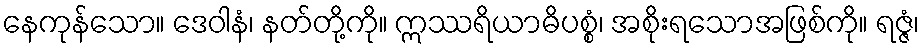
နေကုန်သော။ ဒေဝါနံ၊ နတ်တို့ကို။ ဣဿရိယာဓိပစ္စံ၊ အစိုးရသောအဖြစ်ကို။ ရဇ္ဇံ၊